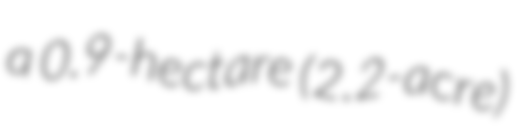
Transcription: a 0.9-hectare (2.2-acre)